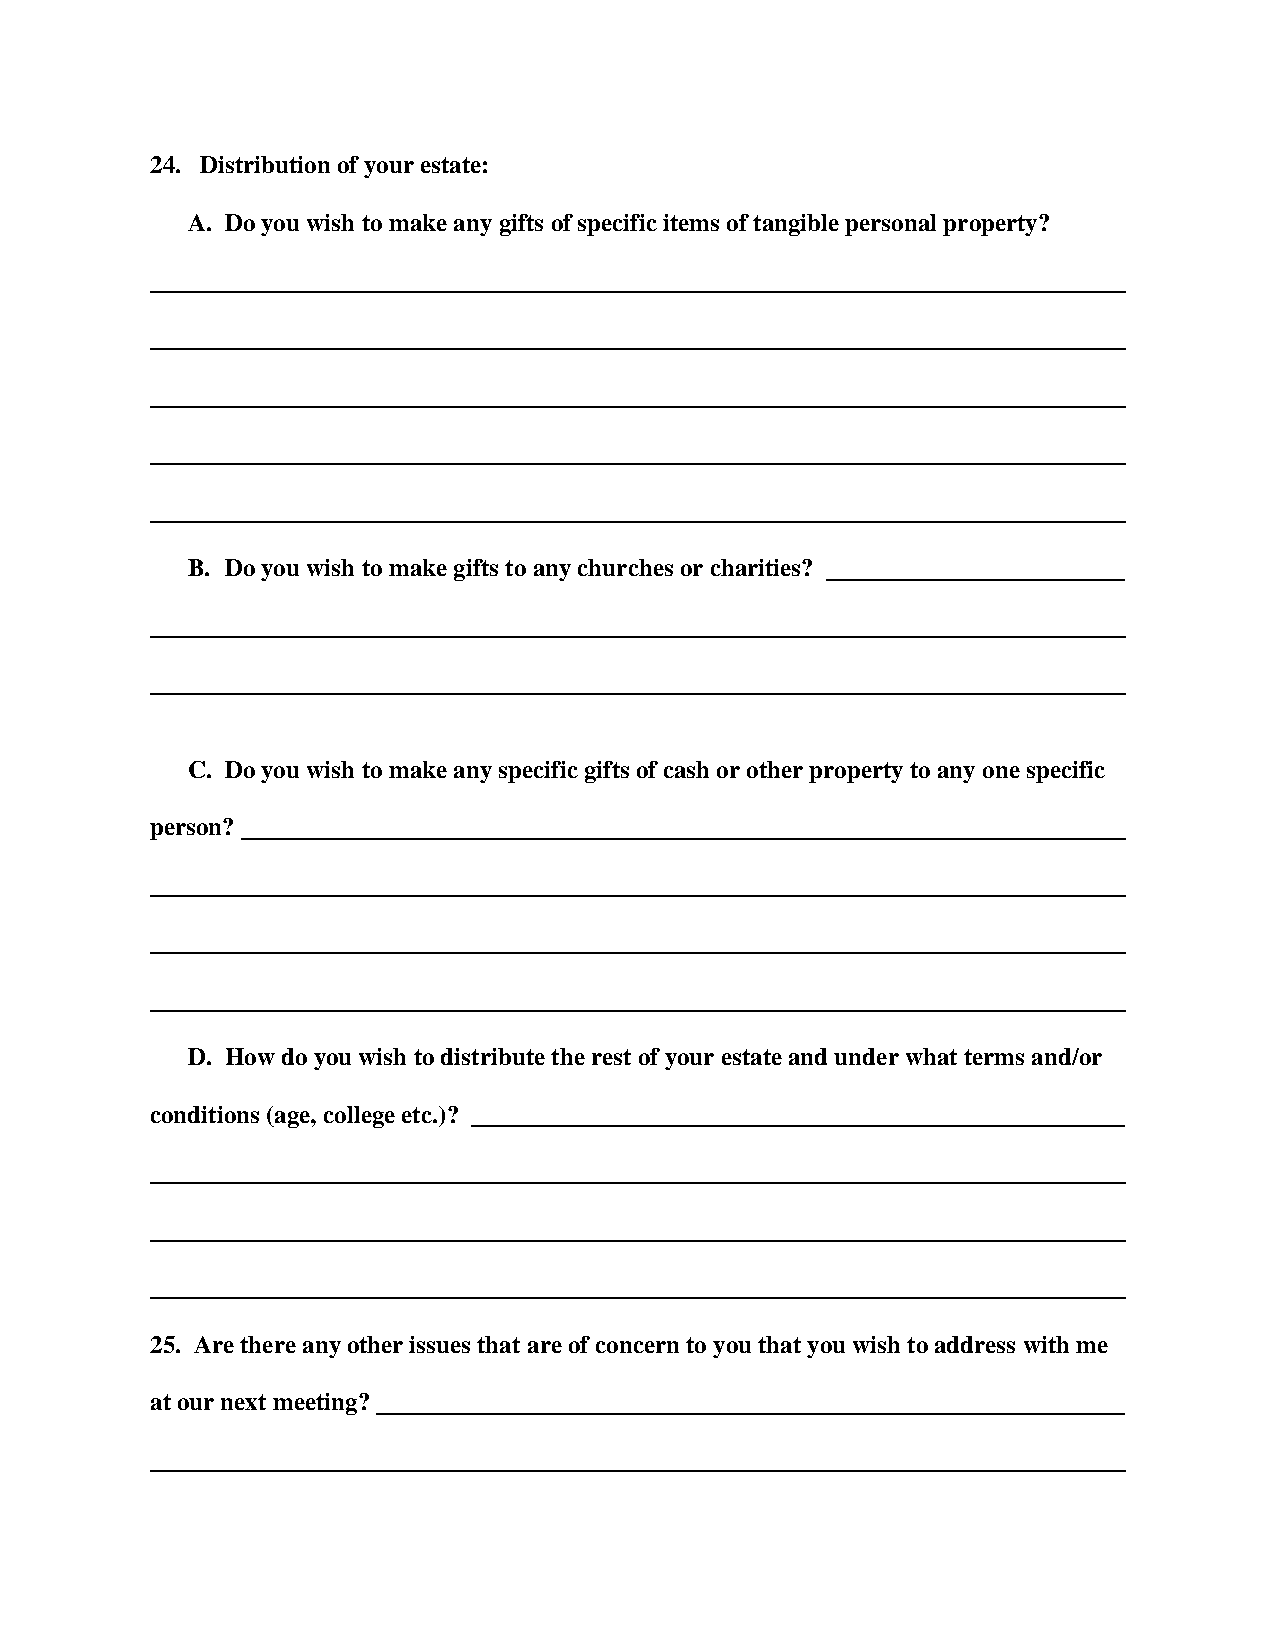
24. Distribution of your estate:
 A. Do you wish to make any gifts of specific items of tangible personal property?
 B. Do you wish to make gifts to any churches or charities?
 C. Do you wish to make any specific gifts of cash or other property to any one specific
 person?
 D. How do you wish to distribute the rest of your estate and under what terms and/or
 conditions (age, college etc.)?
 25. Are there any other issues that are of concern to you that you wish to address with me
 at our next meeting?